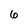
Character: 6